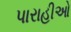
પારાહીઓ